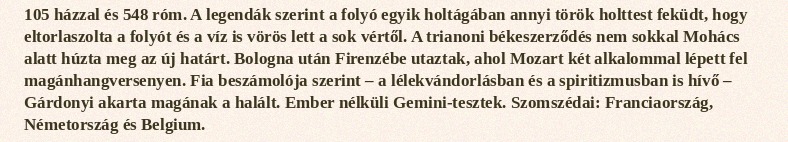
105 házzal és 548 róm. A legendák szerint a folyó egyik holtágában annyi török holttest feküdt, hogy eltorlaszolta a folyót és a víz is vörös lett a sok vértől. A trianoni békeszerződés nem sokkal Mohács alatt húzta meg az új határt. Bologna után Firenzébe utaztak, ahol Mozart két alkalommal lépett fel magánhangversenyen. Fia beszámolója szerint – a lélekvándorlásban és a spiritizmusban is hívő – Gárdonyi akarta magának a halált. Ember nélküli Gemini-tesztek. Szomszédai: Franciaország, Németország és Belgium.